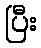
ပြီး